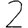
Digit: 2